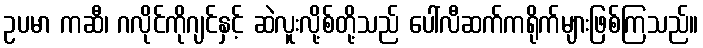
ဥပမာ ကဆီ၊ ဂလိုင်ကိုဂျင်နှင့် ဆဲလူးလို့စ်တို့သည် ပေါ်လီဆက်ကရိုက်များဖြစ်ကြသည်။